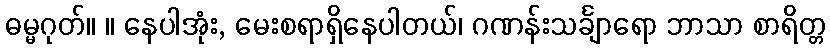
ဓမ္မဂုတ်။ ။ နေပါအုံး, မေးစရာရှိနေပါတယ်၊ ဂဏန်းသင်္ချာရော ဘာသာ စာရိတ္တ